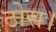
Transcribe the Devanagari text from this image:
ठोस।